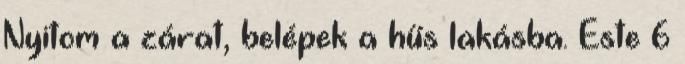
Nyitom a zárat, belépek a hűs lakásba. Este 6